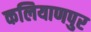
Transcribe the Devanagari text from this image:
कलियाणपुर